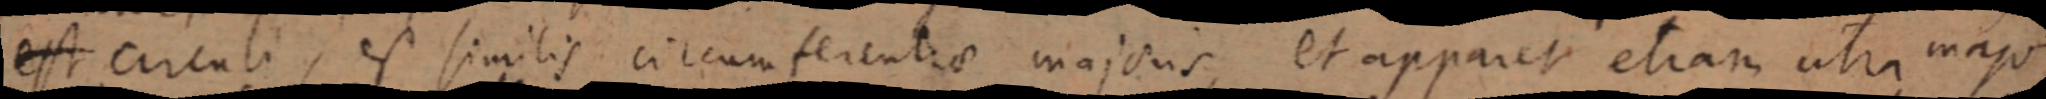
est circuli, est similis circumferentiae majoris, et apparet etiam utra major